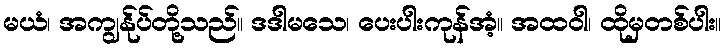
မယံ၊ အကျွန်ုပ်တို့သည်။ ဒဒါမသေ၊ ပေးပါးကုန်အံ့။ အထဝါ၊ ထိုမှတစ်ပါး။